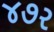
૪૭ર